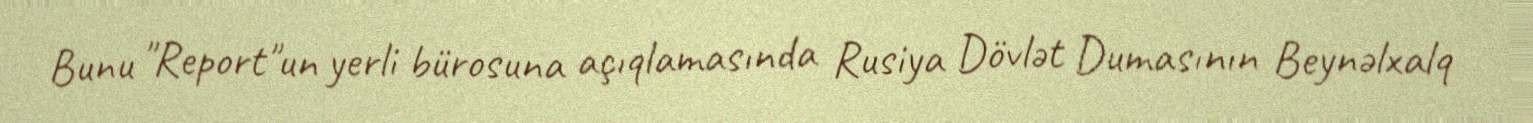
Bunu "Report"un yerli bürosuna açıqlamasında Rusiya Dövlət Dumasının Beynəlxalq